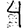
Digit: 4